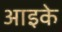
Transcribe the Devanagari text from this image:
आइके